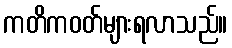
ကတိကဝတ်များရလာသည်။